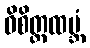
ဝိစိတ္တထမ္ဘံ